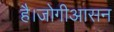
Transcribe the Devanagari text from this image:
है।जोगीआसन